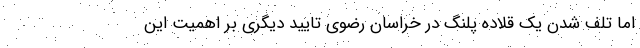
اما تلف شدن یک قلاده پلنگ در خراسان رضوی تایید دیگری بر اهمیت این